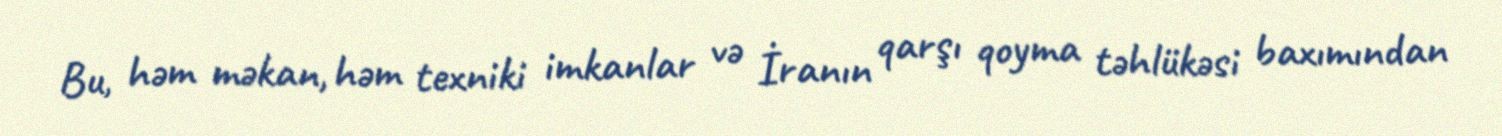
Bu, həm məkan, həm texniki imkanlar və İranın qarşı qoyma təhlükəsi baxımından